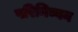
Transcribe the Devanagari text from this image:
परिनिब्बन